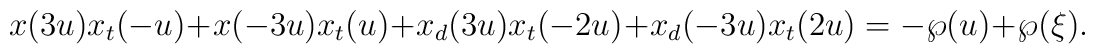
x(3u)x_t(-u)+x(-3u)x_t(u)+x_d(3u)x_t(-2u)+x_d(-3u)x_t(2u)   =-\wp(u)+\wp(\xi).